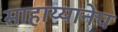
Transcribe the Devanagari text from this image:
साहाय्यानेच